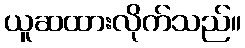
ယူဆထားလိုက်သည်။